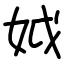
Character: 𡛟